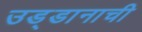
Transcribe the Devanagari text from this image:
उड्डानाची